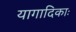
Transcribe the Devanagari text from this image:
यागादिकाः